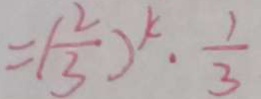
= ( \frac { 2 } { 3 } ) ^ { k } \cdot \frac { 1 } { 3 }